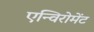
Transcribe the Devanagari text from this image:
एन्विरोमेंट